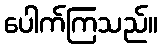
ပေါက်ကြသည်။